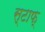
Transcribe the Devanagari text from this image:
स्टाफ्